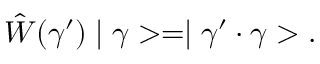
\hat { W } ( \gamma ^ { \prime } ) \mid \gamma > = \mid \gamma ^ { \prime } \cdot \gamma > .